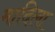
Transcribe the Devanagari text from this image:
मादिला